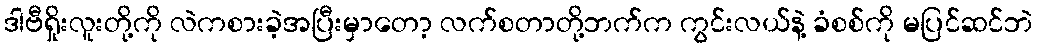
ဒါဗီရှိုးလူးတို့ကို လဲကစားခဲ့အပြီးမှာတော့ လက်စတာတို့ဘက်က ကွင်းလယ်နဲ့ ခံစစ်ကို မပြင်ဆင်ဘဲ